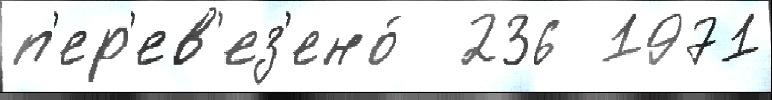
п'ер'ев'ез'ено́  236 1971